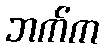
ဘက်က